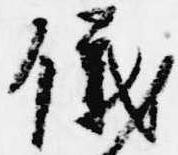
儀